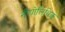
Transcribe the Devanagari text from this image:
नीयोलिथिक